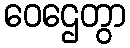
ဝေဌေတွာ